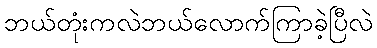
ဘယ်တုံးကလဲဘယ်လောက်ကြာခဲ့ပြီလဲ